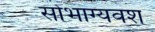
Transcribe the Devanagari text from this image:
सोभाग्यवश